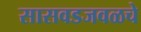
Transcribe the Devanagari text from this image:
सासवडजवळचे